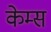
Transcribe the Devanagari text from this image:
केम्स